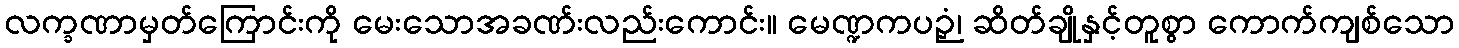
လက္ခဏာမှတ်ကြောင်းကို မေးသောအခဏ်းလည်းကောင်း။ မေဏ္ဍကပဉှံ၊ ဆိတ်ချိုနှင့်တူစွာ ကောက်ကျစ်သော